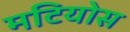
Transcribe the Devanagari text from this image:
मटियोस